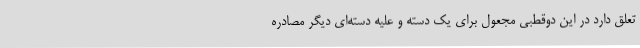
تعلق دارد در این دوقطبی مجعول برای یک دسته و علیه دسته‌ای دیگر مصادره